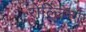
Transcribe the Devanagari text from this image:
रोल्लिन्ग